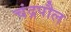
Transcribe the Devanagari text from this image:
चंद्रपौल